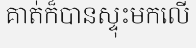
គាត់ក៏បានស្ទុះមកលើ